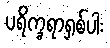
ပရိက္ခရာရှစ်ပါး